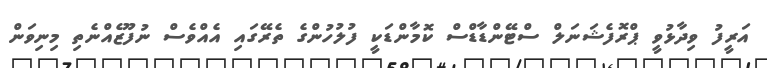
އަރީފު ވިދާޅުވީ ޕްރޮފެޝަނަލް ސްޓޭންޑާޑްސް ކޮމާންޑަކީ ފުލުހުންގެ ތެރޭގައި އެއްވެސް ނުފޫޒެއްނެތި މިނިވަން